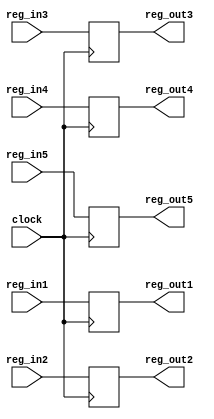
	module reg_mem_wb(reg_out1,reg_out2,reg_out3,reg_out4,reg_out5,
		reg_in1,reg_in2,reg_in3,reg_in4,reg_in5,clock);
		
		input [0:31] reg_in1;
		input [0:4] reg_in2;
		input reg_in3;
		input [0:31] reg_in4;
		input reg_in5;
		input clock;
		
		output [0:31] reg_out1;
		output [0:4] reg_out2;
		output reg_out3;
		output [0:31] reg_out4;
		output reg_out5;
		 
		reg [0:31] reg_out1;
		reg [0:4] reg_out2;
		reg reg_out3;
		reg [0:31] reg_out4;
		reg reg_out5;
		
		always @ (posedge clock)
		begin 
			reg_out1=reg_in1;
			reg_out2=reg_in2;
			reg_out3=reg_in3;
			reg_out4=reg_in4;
			reg_out5=reg_in5;
		end
	endmodule